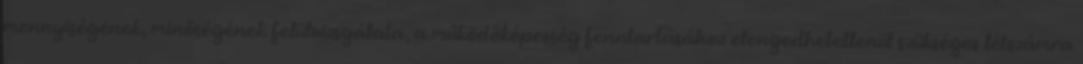
mennyiségének, minőségének felülvizsgálata, a működőképesség fenntartásához elengedhetetlenül szükséges létszámra